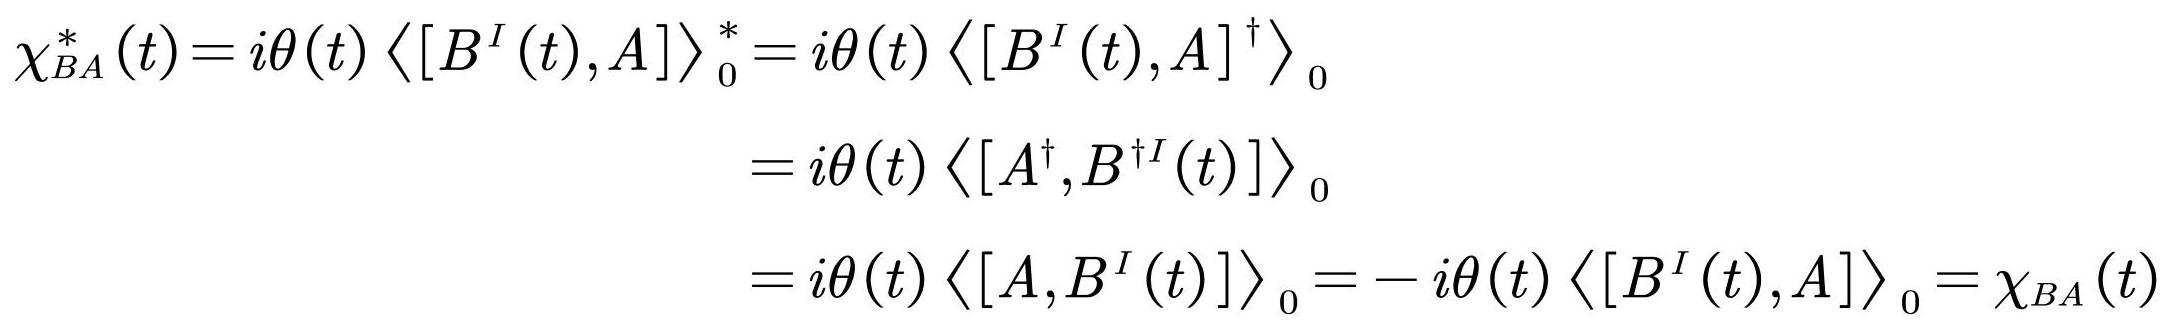
\begin{align*}
\chi_{B A}^{*}(t)=i \theta(t)\left\langle\left[B^{I}(t), A\right]\right\rangle_{0}^{*}&=i \theta(t)\left\langle\left[B^{I}(t), A\right]^{\dagger}\right\rangle_{0}\\
&=i \theta(t)\left\langle\left[A^{\dagger}, B^{\dagger I}(t)\right]\right\rangle_{0}\\
&=i \theta(t)\left\langle\left[A, B^{I}(t)\right]\right\rangle_{0}=-i \theta(t)\left\langle\left[B^{I}(t), A\right]\right\rangle_{0}=\chi_{B A}(t)
\end{align*}